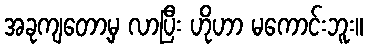
အခုကျတော့မှ လာပြီး ဟိုဟာ မကောင်းဘူး။